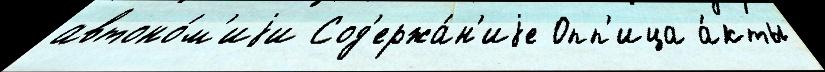
автоно́м'иjи Сод'ержа́н'иjе Опп'ица а́кты